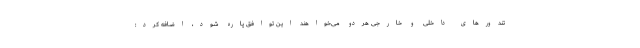
تندورهای داخلی و خارجی هردو می‌خواهند این توافق پاره شود، اضافه کرد: